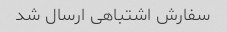
سفارش اشتباهی ارسال شد